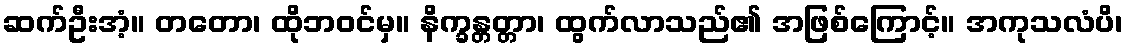
ဆက်ဦးအံ့။ တတော၊ ထိုဘဝင်မှ။ နိက္ခန္တတ္တာ၊ ထွက်လာသည်၏ အဖြစ်ကြောင့်။ အကုသလံပိ၊